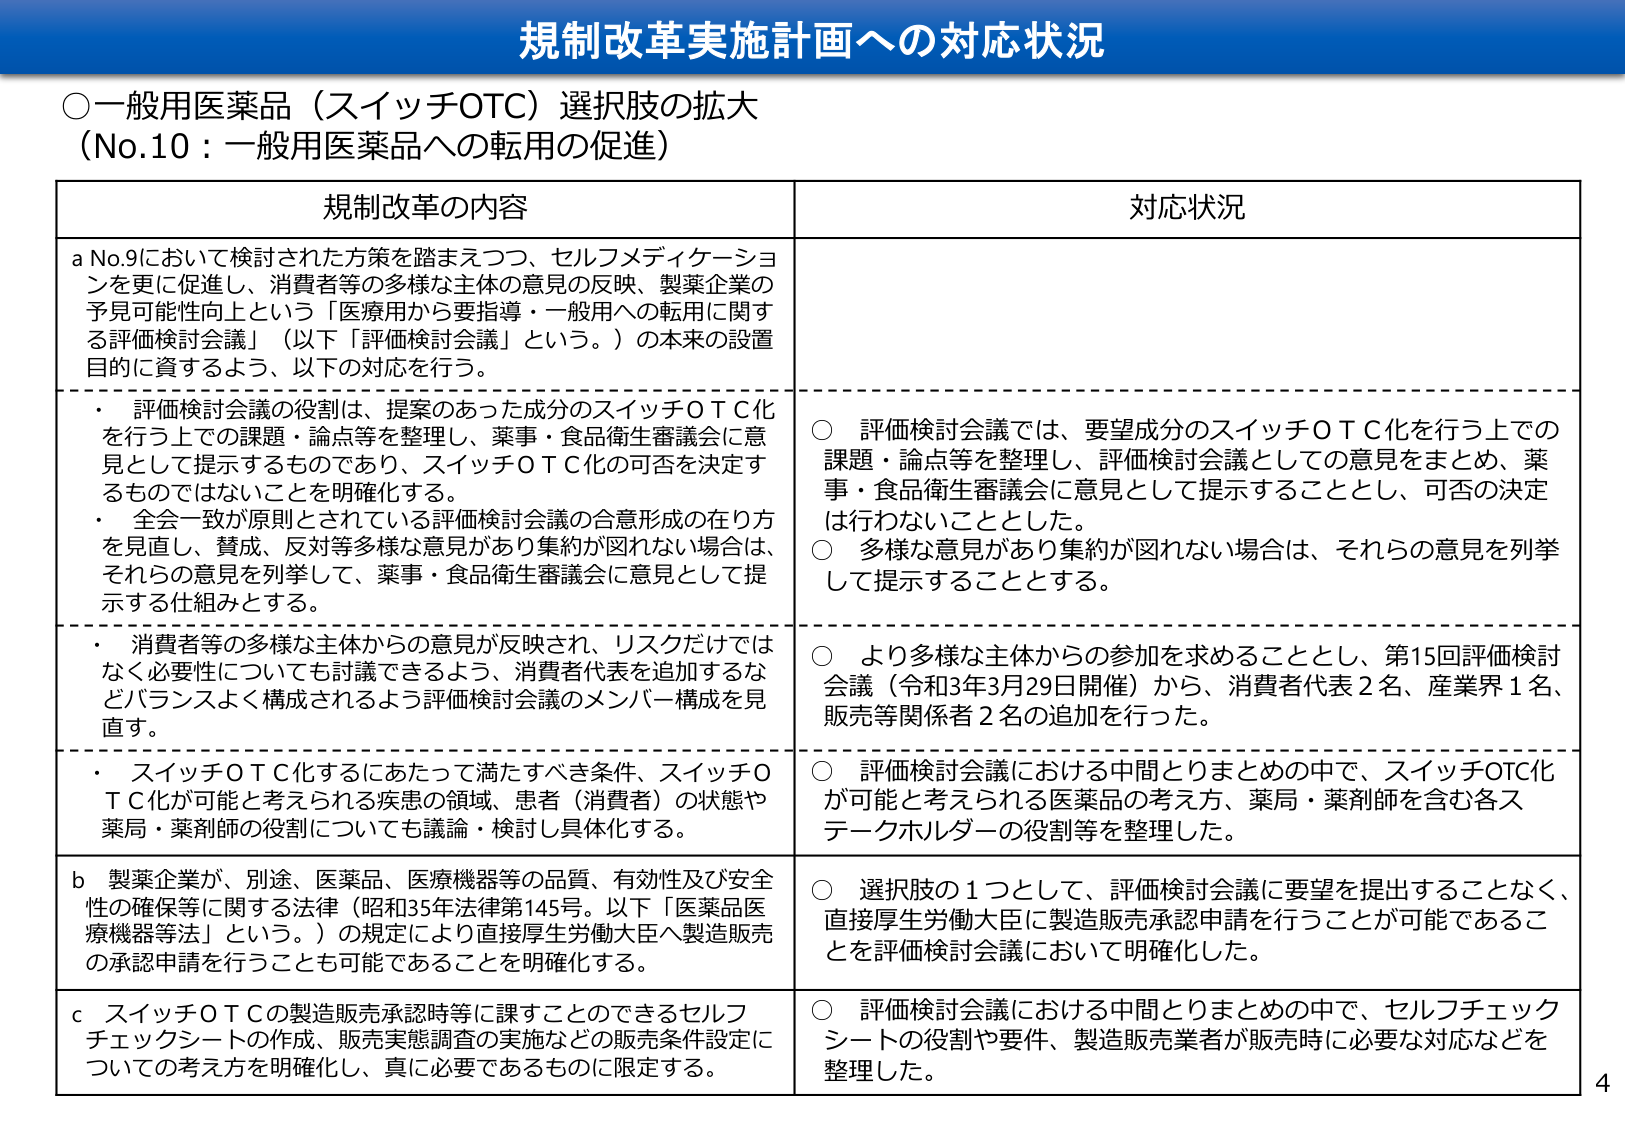
規制改革実施計画への対応状況

○一般用医薬品（スイッチOTC）選択肢の拡大
（No.10：一般用医薬品への転用の促進）

規制改革の内容